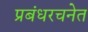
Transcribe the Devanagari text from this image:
प्रबंधरचनेत